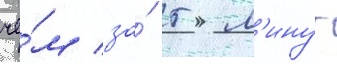
че́м за́ 5 м'инут